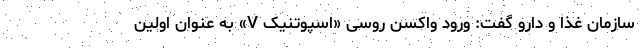
سازمان غذا و دارو گفت: ورود واکسن روسی «اسپوتنیک V» به عنوان اولین